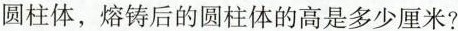
圆柱体，熔铸后的圆柱体的高是多少厘米?